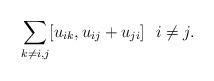
LaTeX: \begin{gather*}\sum_{k \not=i,j} [u_{ik},u_{ij}+u_{ji}] \ \ i \not= j.\end{gather*}